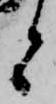
と